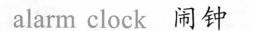
alarm clock 闹钟